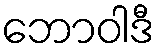
ဘောဝါဒီ